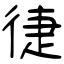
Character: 徢